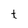
Character: t